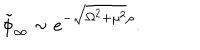
LaTeX: \tilde { \phi } _ { \infty } \sim e ^ { - \sqrt { \Omega ^ { 2 } + \mu ^ { 2 } } \rho } .